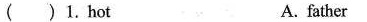
( )1. Hot A.father